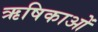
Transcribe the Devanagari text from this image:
ऋषिकाओं